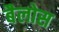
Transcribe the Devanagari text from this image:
बैलोस